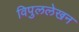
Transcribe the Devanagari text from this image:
विपुललेखन